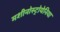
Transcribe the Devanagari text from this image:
मशीनोस्ट्रोयेनिया